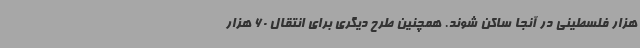
هزار فلسطینی در آنجا ساکن شوند. همچنین طرح دیگری برای انتقال 60 هزار